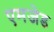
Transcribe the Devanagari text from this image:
एमजेड